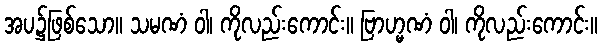
အပ၌ဖြစ်သော။ သမဏံ ဝါ၊ ကိုလည်းကောင်း။ ဗြာဟ္မဏံ ဝါ၊ ကိုလည်းကောင်း။